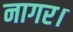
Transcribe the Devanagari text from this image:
नागर।